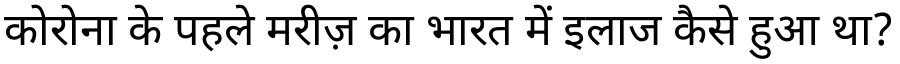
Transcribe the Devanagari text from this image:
कोरोना के पहले मरीज़ का भारत में इलाज कैसे हुआ था?